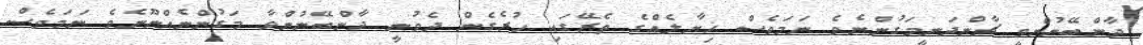
ދާންބޭނުންވީ ޗާންދަނީމަގުންނެވެ ނަމަވެސް ޚިޔާލެއްގެ ތެރޭގައި ހުރެގެން ދެވުނީ ދާންބޭނުންވާ މަގުންނެއްނޫނެވެ ނަމަވެސް